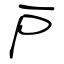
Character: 戸